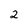
Character: 2